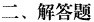
二、解答题